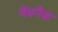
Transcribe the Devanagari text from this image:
वेबनैक